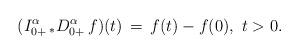
LaTeX: \begin{align*} (I_{0+}^\alpha\, _*D_{0+}^\alpha \, f)(t)\, =\, f(t) - f(0),\ t>0.\end{align*}